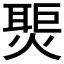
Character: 𬋀